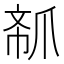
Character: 𱬽